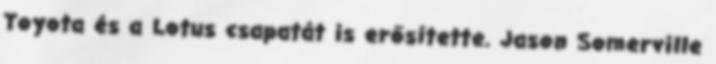
Toyota és a Lotus csapatát is erősítette. Jason Somerville